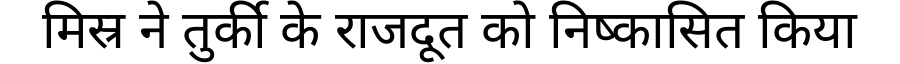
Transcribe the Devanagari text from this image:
मिस्र ने तुर्की के राजदूत को निष्कासित किया